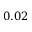
0 . 0 2